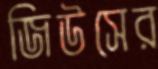
জিউসের